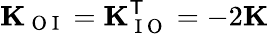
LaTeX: \mathbf{K}_{\mathrm{~O~I~}}=\mathbf{K}_{\mathrm{~I~O~}}^{\mathsf{T}}=-2\mathbf{K}